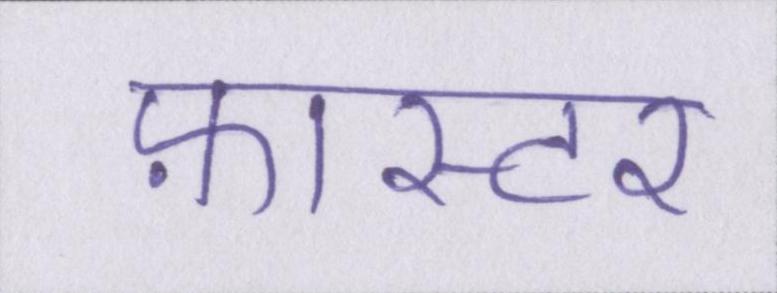
फ़ास्टर